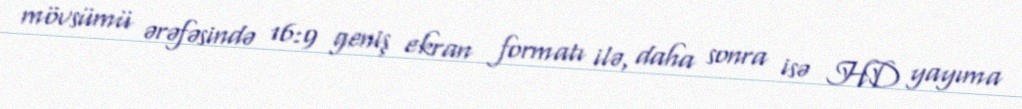
mövsümü ərəfəsində 16:9 geniş ekran formatı ilə, daha sonra isə HD yayıma